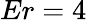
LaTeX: Er=4